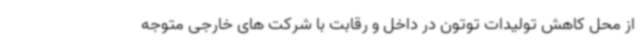
از محل کاهش تولیدات توتون در داخل و رقابت با شرکت های خارجی متوجه